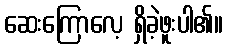
ဆေးကြောလေ့ ရှိခဲ့ဖူးပါ၏။